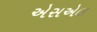
એસએલ